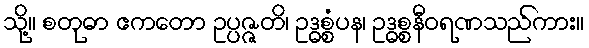
သို့။ စတုဓာ ဧကတော ဥပ္ပဇ္ဇတိ၊ ဥဒ္ဓစ္စံပန၊ ဥဒ္ဓစ္စနီဝရဏသည်ကား။